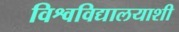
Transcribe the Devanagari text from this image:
विश्वविद्यालयाशी